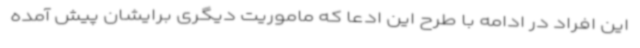
این افراد در ادامه با طرح این ادعا که ماموریت دیگری برایشان پیش آمده